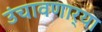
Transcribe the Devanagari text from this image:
उंचावणार्‍या